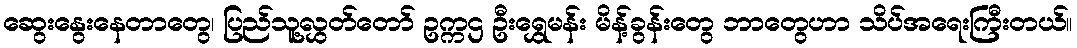
ဆွေးနွေးနေတာတွေ၊ ပြည်သူ့လွှတ်တော် ဥက္ကဌ ဦးရွှေမန်း မိန့်ခွန်းတွေ ဘာတွေဟာ သိပ်အရေးကြီးတယ်။